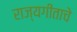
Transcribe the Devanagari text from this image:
राज्यगीताचे